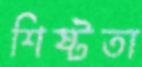
শিষ্টতা